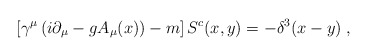
\begin{align*}\left[\gamma^{\mu}\left(i\partial_{\mu}-gA_{\mu}(x)\right)-m\right]S^{c}(x,y)=-\delta^{3}(x-y)\;,\;\end{align*}